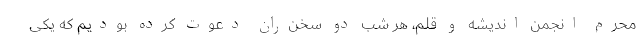
محرم انجمن اندیشه و قلم، هر شب دو ‌سخن‌ران دعوت کرده بودیم که یکی